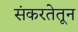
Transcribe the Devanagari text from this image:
संकरतेतून